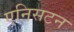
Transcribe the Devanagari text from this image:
एनिसटन